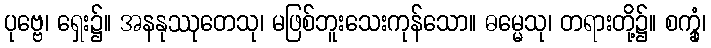
ပုဗ္ဗေ၊ ရှေး၌။ အနနုဿုတေသု၊ မဖြစ်ဘူးသေးကုန်သော။ ဓမ္မေသု၊ တရားတို့၌။ စက္ခုံ၊